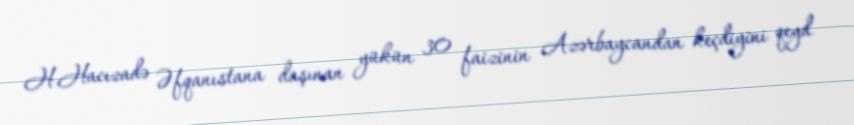
H.Hacızadə Əfqanıstana daşınan yükün 30 faizinin Azərbaycandan keçdiyini qeyd